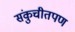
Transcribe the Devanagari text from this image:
संकुचीतपण